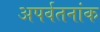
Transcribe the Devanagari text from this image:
अपर्वतनांक